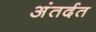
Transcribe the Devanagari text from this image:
अंतर्दत